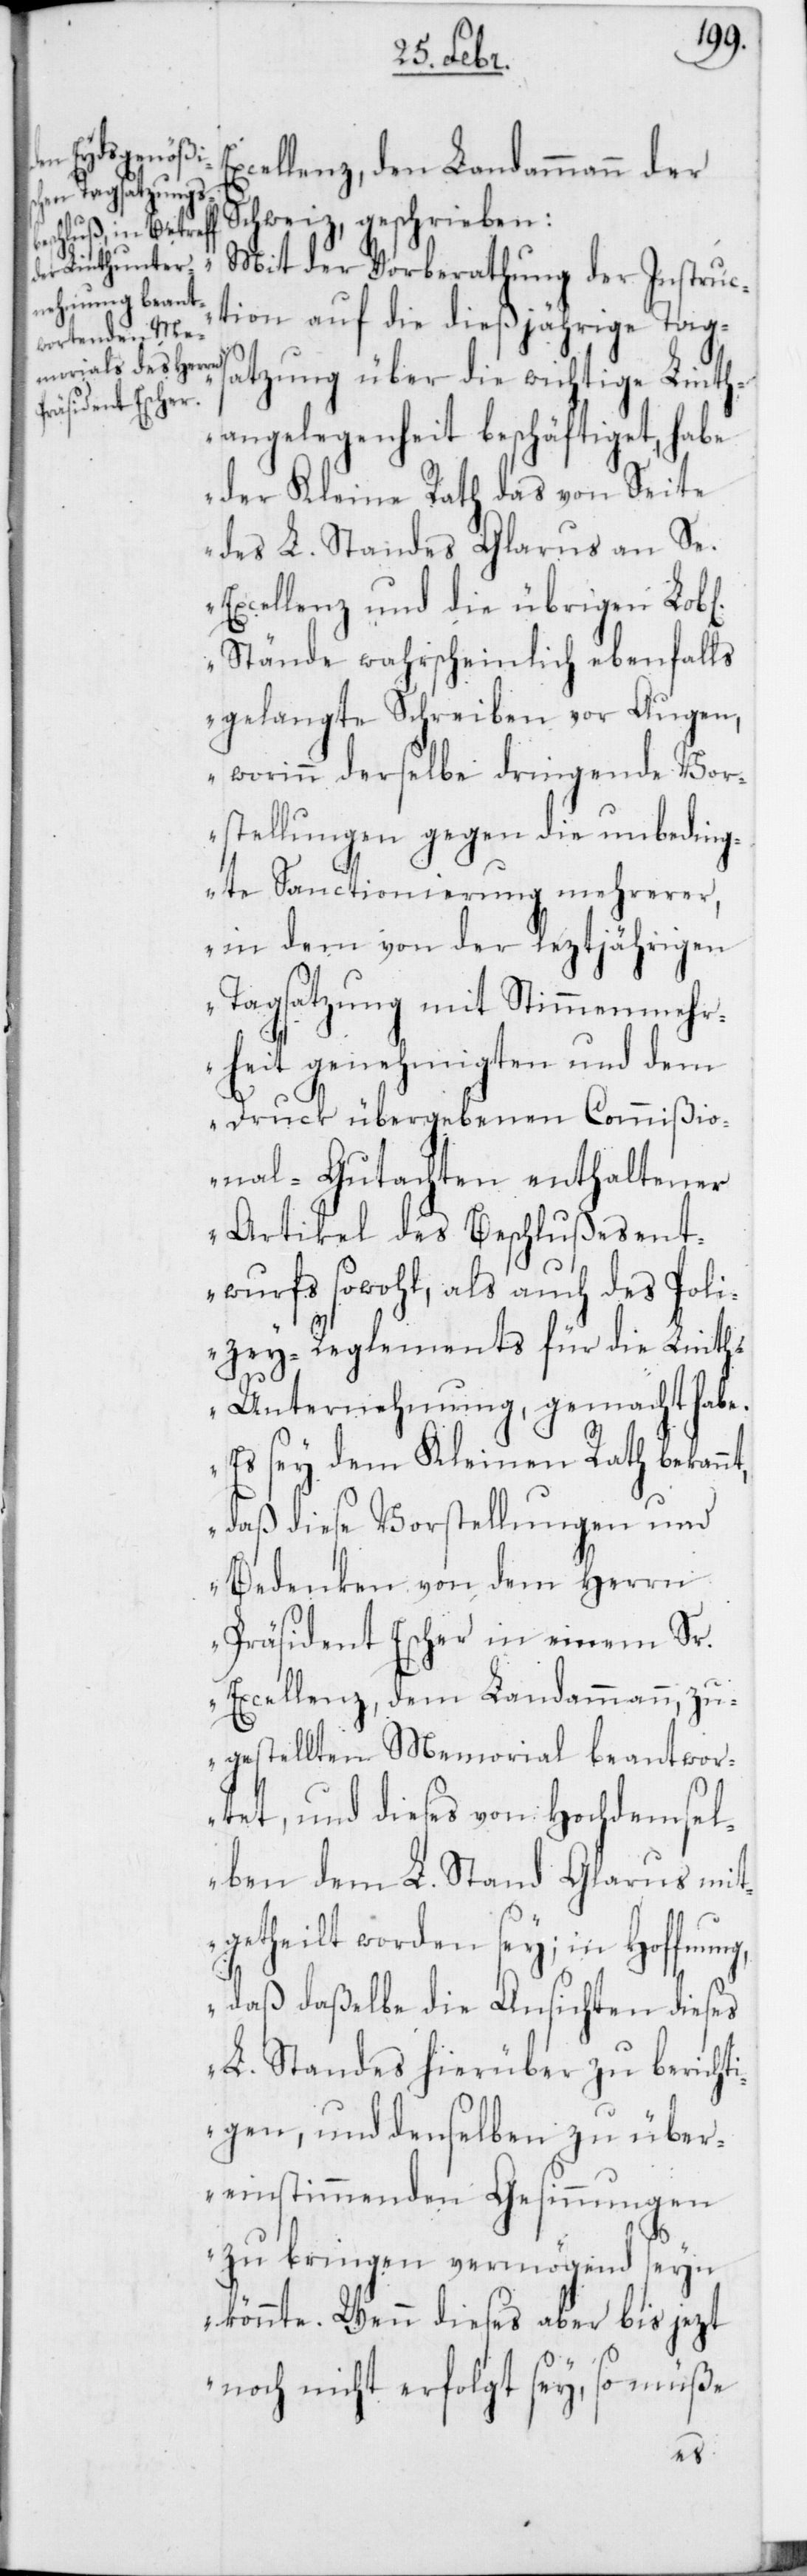
xcellenz, den Landammann der
Schweiz, geschrieben:
„Mit der Vorberathung der Instruc¬
tion auf die dießjährige Tags¬
atzung über die wichtige Linth¬
angelegenheit beschäftiget, habe
der Kleine Rath das von Seite
des L. Standes Glarus an Se.
Excellenz, und die übrigen Lob[l¬
Stände wahrscheinlich ebenfalls
gelangte Schreiben vor Augen,
worinn derselbe dringende Vor¬
stellungen gegen die unbeding¬
te Sanctionierung mehrerer,
in dem von der letztjährigen
Tagsatzung mit Stimmenmehr¬
heit genehmigten und dem
Druck übergebenen Commißio¬
nal-Gutachten enthaltener
Artikel des Beschlußesent¬
wurfs sowohl, als auch des Poli¬
zey-Reglements für die Lint¬
h-Unternehmung, gemacht habe.
Es sey dem Kleinen Rath bekannt,
daß diese Vorstellungen und
Bedenken von dem Herrn
Präsident Escher in seinem Sr.
Excellenz, dem Landammann, zu¬
gestellten Memorial beantwor¬
ich¬
tet, und dieses von Hochdemsel¬
ben dem L. Stand Glarus mit¬
getheilt worden sey; in Hoffnung,
daß daßelbe die Ansichten dieses
L. Standes hierüber zu berichti¬
gen, und denselben zu über¬
einstimmenden Gesinnungen
zu bringen vermögend seyn
könnte. Wenn dieses aber bis jezt
noch nicht erfolgt sey, so müße
en]